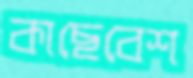
কাছেবেশ